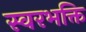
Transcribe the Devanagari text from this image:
स्वरभक्ति